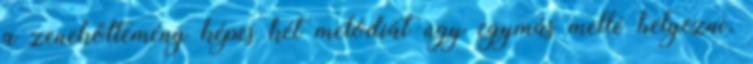
a zeneköltemény képes két melódiát úgy egymás mellé helyezni,